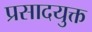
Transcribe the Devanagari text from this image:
प्रसादयुक्त